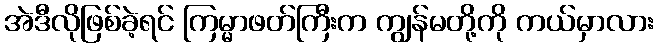
အဲဒီလိုဖြစ်ခဲ့ရင် ကြမ္မာဖတ်ကြီးက ကျွန်မတို့ကို ကယ်မှာလား